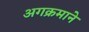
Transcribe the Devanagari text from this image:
अगक्रमाने